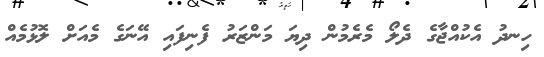
ހިނދު އެކުއްޖާގެ ދެލޯ މެރެމުން ދިޔަ މަންޒަރު ފެނިފައި އޭނަގެ މެއަށް ލޮޅުމެއް